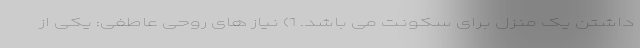
داشتن یک منزل برای سکونت می باشد. 1) نیاز های روحی عاطفی: یکی از